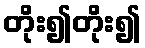
တိုး၍တိုး၍